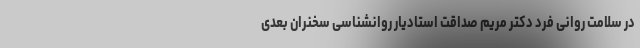
در سلامت روانی فرد دکتر مریم صداقت استادیار روانشناسی سخنران بعدی